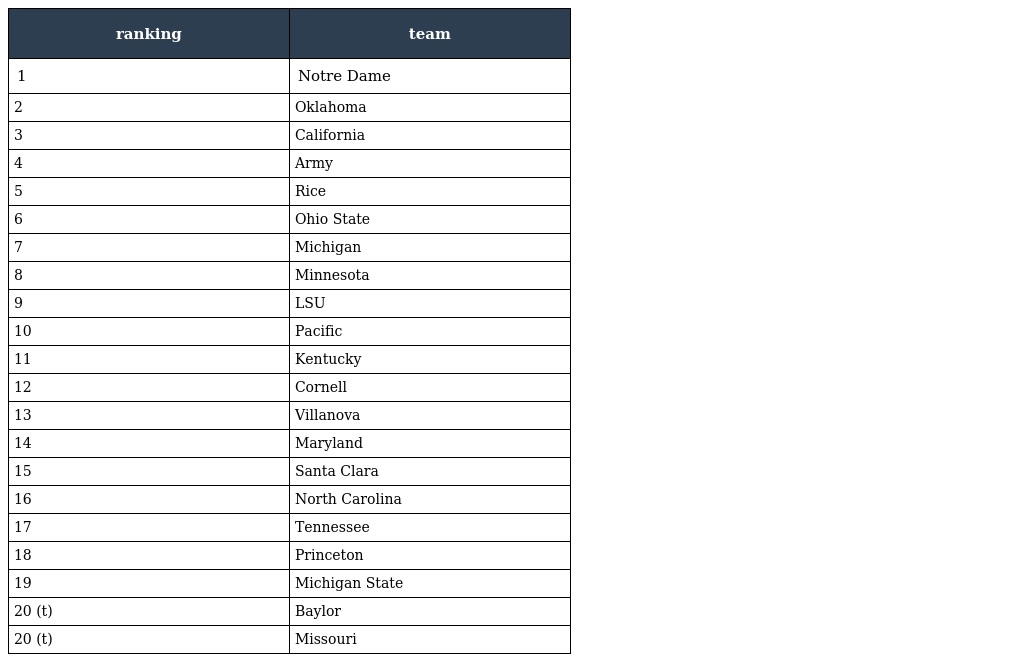
| ranking | team |
 | --- | --- |
 | 1 | Notre Dame |
 | 2 | Oklahoma |
 | 3 | California |
 | 4 | Army |
 | 5 | Rice |
 | 6 | Ohio State |
 | 7 | Michigan |
 | 8 | Minnesota |
 | 9 | LSU |
 | 10 | Pacific |
 | 11 | Kentucky |
 | 12 | Cornell |
 | 13 | Villanova |
 | 14 | Maryland |
 | 15 | Santa Clara |
 | 16 | North Carolina |
 | 17 | Tennessee |
 | 18 | Princeton |
 | 19 | Michigan State |
 | 20 (t) | Baylor |
 | 20 (t) | Missouri |